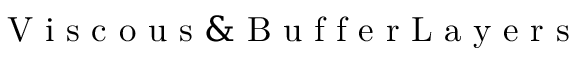
\mathrm { ~ V ~ i ~ s ~ c ~ o ~ u ~ s ~ \& ~ B ~ u ~ f ~ f ~ e ~ r ~ L ~ a ~ y ~ e ~ r ~ s ~ }